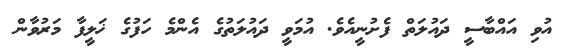
އުވި އައްބާސީ ދައުލަތް ފެށުނީއެވެ. އުމަވީ ދައުލަތުގެ އެންމެ ހަފުގެ ޚަލީފާ މަރުވާން